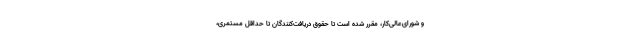
و شورای‌عالی‌کار، مقرر شده است تا حقوق دریافت‌کنندگان تا حداقل مستمری،